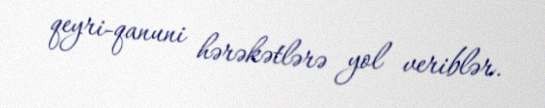
qeyri-qanuni hərəkətlərə yol veriblər.